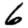
Digit: 6